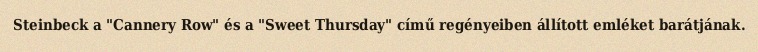
Steinbeck a "Cannery Row" és a "Sweet Thursday" című regényeiben állított emléket barátjának.